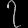
Digit: ၇